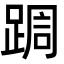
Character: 𮛩